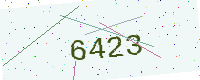
Text: 6423